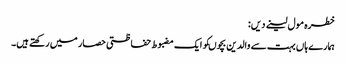
خطرہ مول لینے دیں:
ہمارے ہاں بہت سے والدین بچوںکو ایک مضبوط حفاظتی حصار میں رکھتے ہیں۔